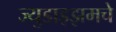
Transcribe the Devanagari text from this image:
ज्युडाइझमचे